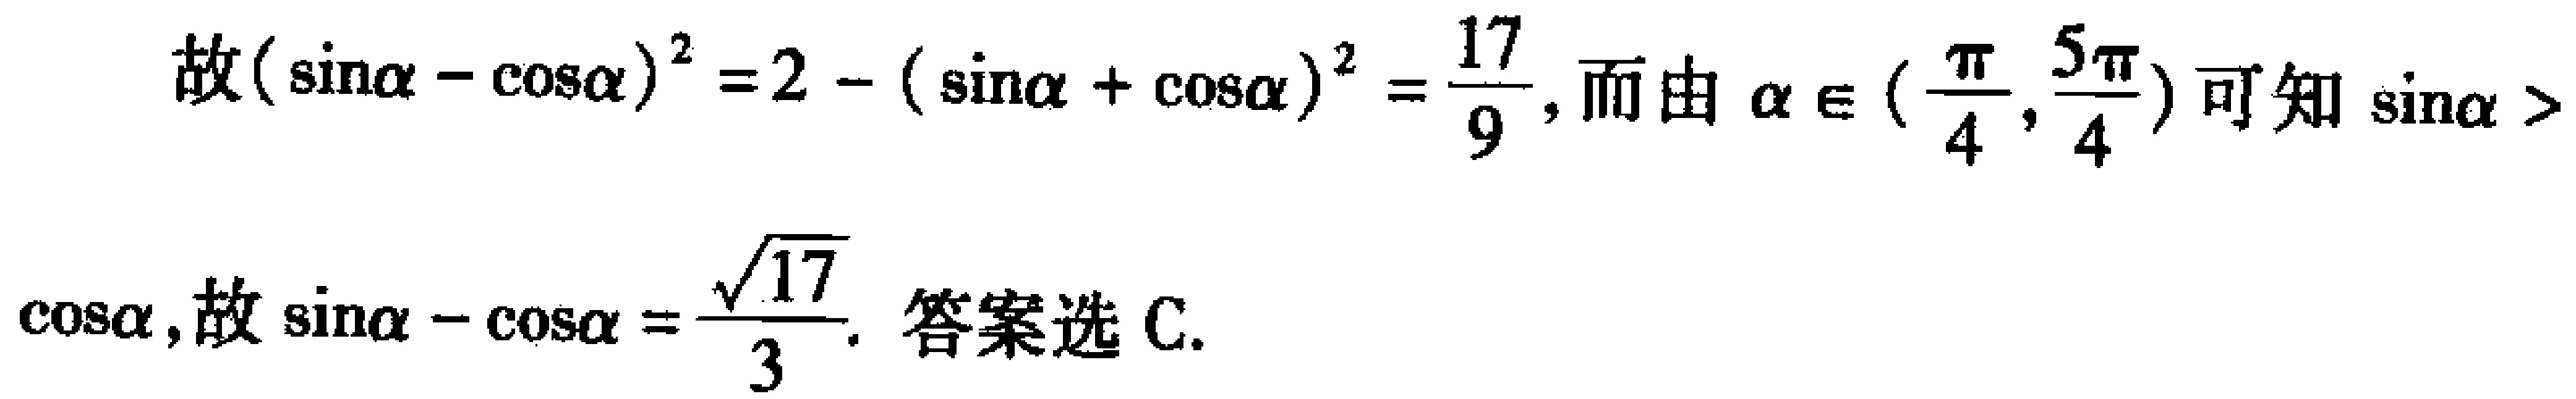
故\((\sin\alpha - \cos\alpha)^2 = 2 - (\sin\alpha + \cos\alpha)^2 = \frac{17}{9}\)，而由\(\alpha \in (\frac{\pi}{4}, \frac{5\pi}{4})\)可知\(\sin\alpha > \cos\alpha\)，故\(\sin\alpha - \cos\alpha = \frac{\sqrt{17}}{3}\). 答案选 C.